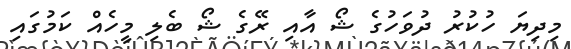
މިދިޔަ ހުކުރު ދުވަހުގެ ޝޯ އާއި ރޭގެ ޝޯ ބެލި މީހެއް ކަމުގައި